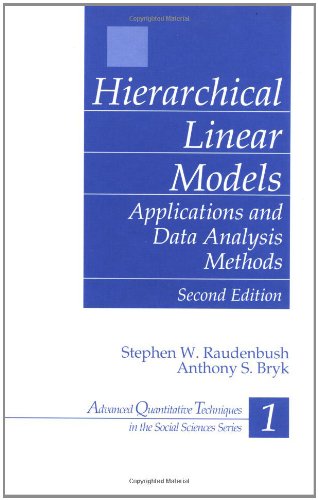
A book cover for Hierarchical Linear Models: Applications and Data Analysis Methods (Advanced Quantitative Techniques in the Social Sciences); Stephen W. Raudenbush; Politics & Social Sciences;